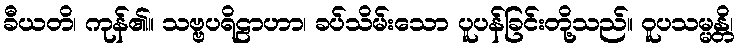
ခီယတိ၊ ကုန်၏။ သဗ္ဗပရိဠာဟာ၊ ခပ်သိမ်းသော ပူပန်ခြင်းတို့သည်။ ဝူပသမ္မန္တိ၊